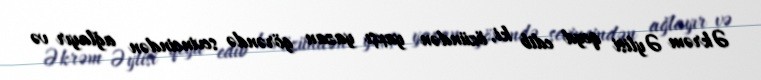
Əkrəm Əylisi qeyd edib ki, özündən yaxşı yazan görəndə sevincindən ağlayır və